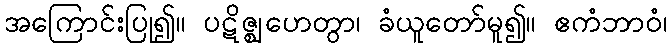
အကြောင်းပြု၍။ ပဋိဇ္ဈဟေတွာ၊ ခံယူတော်မူ၍။ ဧကံဘာဝံ၊